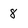
Character: 8